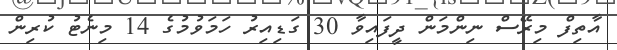
އާތިފް މިރޭސް ނިންމަން ދީފައިވާ 30 ގަޑިއިރު ހަމަވުމުގެ 14 މިނެޓު ކުރިން